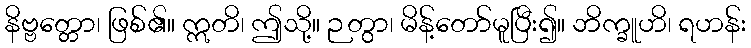
နိဗ္ဗတ္တော၊ ဖြစ်၏။ ဣတိ၊ ဤသို့။ ဉတွာ၊ မိန့်တော်မူပြီး၍။ ဘိက္ခူဟိ၊ ရဟန်း